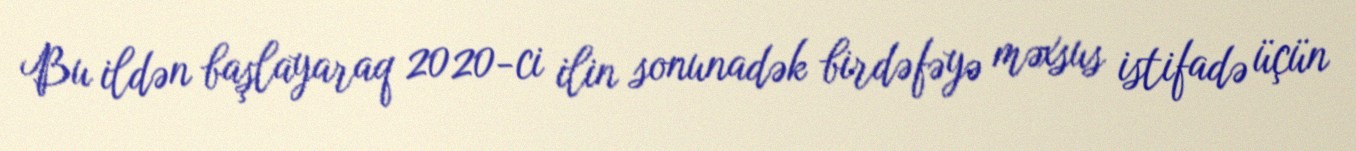
Bu ildən başlayaraq 2020-ci ilin sonunadək birdəfəyə məxsus istifadə üçün